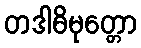
တဒါဓိမုတ္တော